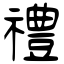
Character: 禮